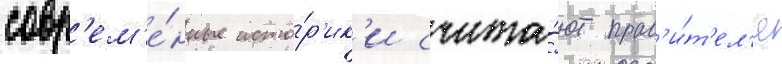
совр'ем'е́нные исто́р'ик'и счита́ют прав'и́т'ел'я